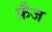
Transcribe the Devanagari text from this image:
फ़ैज